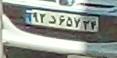
۹۲د۶۵۷۲۴